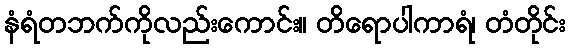
နံရံတဘက်ကိုလည်းကောင်း။ တိရောပါကာရံ၊ တံတိုင်း